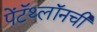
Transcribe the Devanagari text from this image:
पेंटॅथ्लॉनची